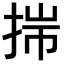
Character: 𢭍